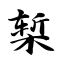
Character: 椠